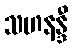
သဟနန္ဒီ